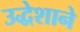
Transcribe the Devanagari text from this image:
उद्धेशाने